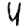
Digit: 4